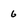
Character: 6